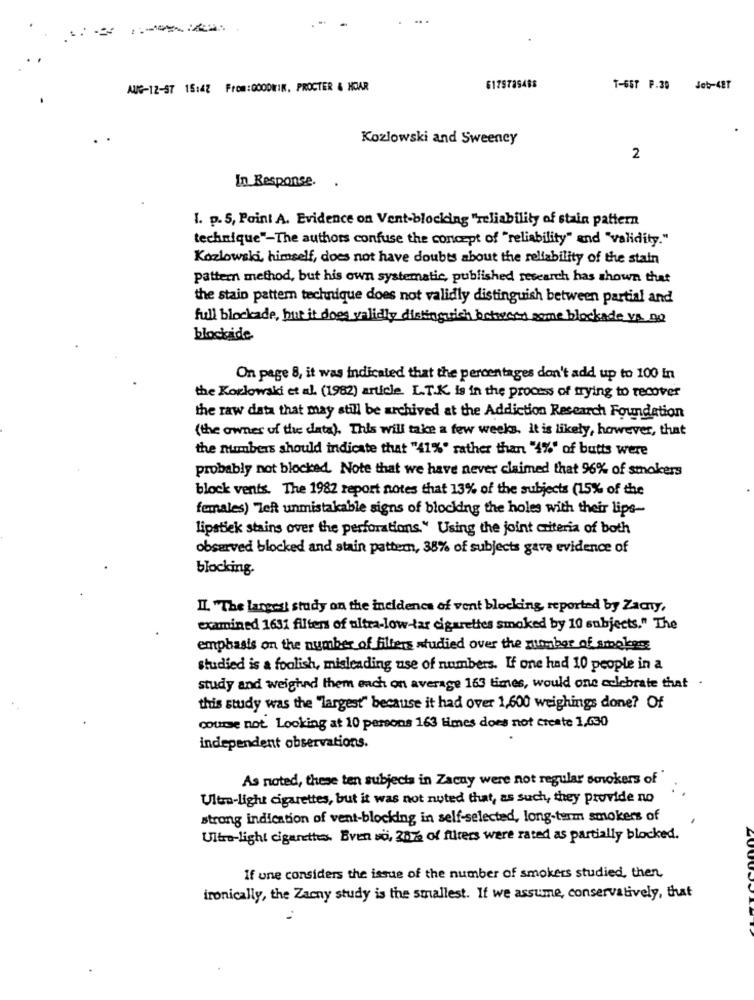
AUG-12-57 15:47 From:0000WIM. PROCTER & HOAR
6179789488
T-6ST F.39
Job-4ET
Kozlowski and Sweeney
2
In Response.
I. p. 5, Point A. Evidence on Vent-blocking "reliability of stain pattern
technique"-The authors confuse the concept of "reliability" and "validity."
Kozlowski, himself, does not have doubts about the reliability of the stain
pattern method, but his own systematic, published research has shown that
the stain pattern technique does not validly distinguish between partial and
full blockade, but it does validly distinguish between some blockade vs. no
blockide
On page 8, it was indicated that the percentages don't add up to 100 In
the Kozlowski et al. (1982) article. L.T.K. is in the process of trying to recover
the raw data that may still be archived at the Addiction Research Foundation
(the owner of the data). This will take a few weeks. it is likely, however, that
the numbers should indicate that "41%' rather than "4%' of butts were
probably not blocked. Note that we have never claimed that 96% of smokers
block vents. The 1982 report notes that 13% of the subjects (15% of the
females) Teft unmistakable signs of blocking the holes with their lips-
Lipstick stains over the perforations." Using the joint criteria of both
observed blocked and stain pattern, 38% of subjects gave evidence of
blocking-
II. "The largest study on the incidence of vent blocking reported by Zacny,
examined 1631 filters of ultra-low-tar cigarettes smoked by 10 subjects." The
emphasis on the number of filters studied over the number of smokers
studied is a foolish, misleading use of numbers. If one had 10 people in a
study and weighed them each on average 163 times, would one celebrate that .
this study was the "largest" because it had over 1,600 weighings done? Of
course not Looking at 10 persons 163 times does not create 1,030
independent observations.
As noted, these ten subjects in Zacuy were not regular smokers of
Ultr-light cigarettes, but it was not noted that, as such, they provide no
strong indication of vent-blocking in self-selected, long-term smokers of
Ultro-light cigarettes. Bren so, 20% of fürers were rated as partially blocked.
If une considers the issue of the number of smokers studied, then,
ironically, the Zacny study is the smallest. If we assume, conservatively, that